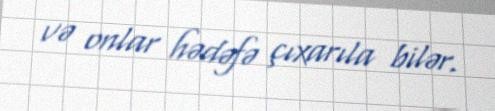
və onlar hədəfə çıxarıla bilər.